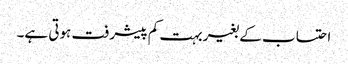
احتساب کے بغیر بہت کم پیشرفت ہوتی ہے۔